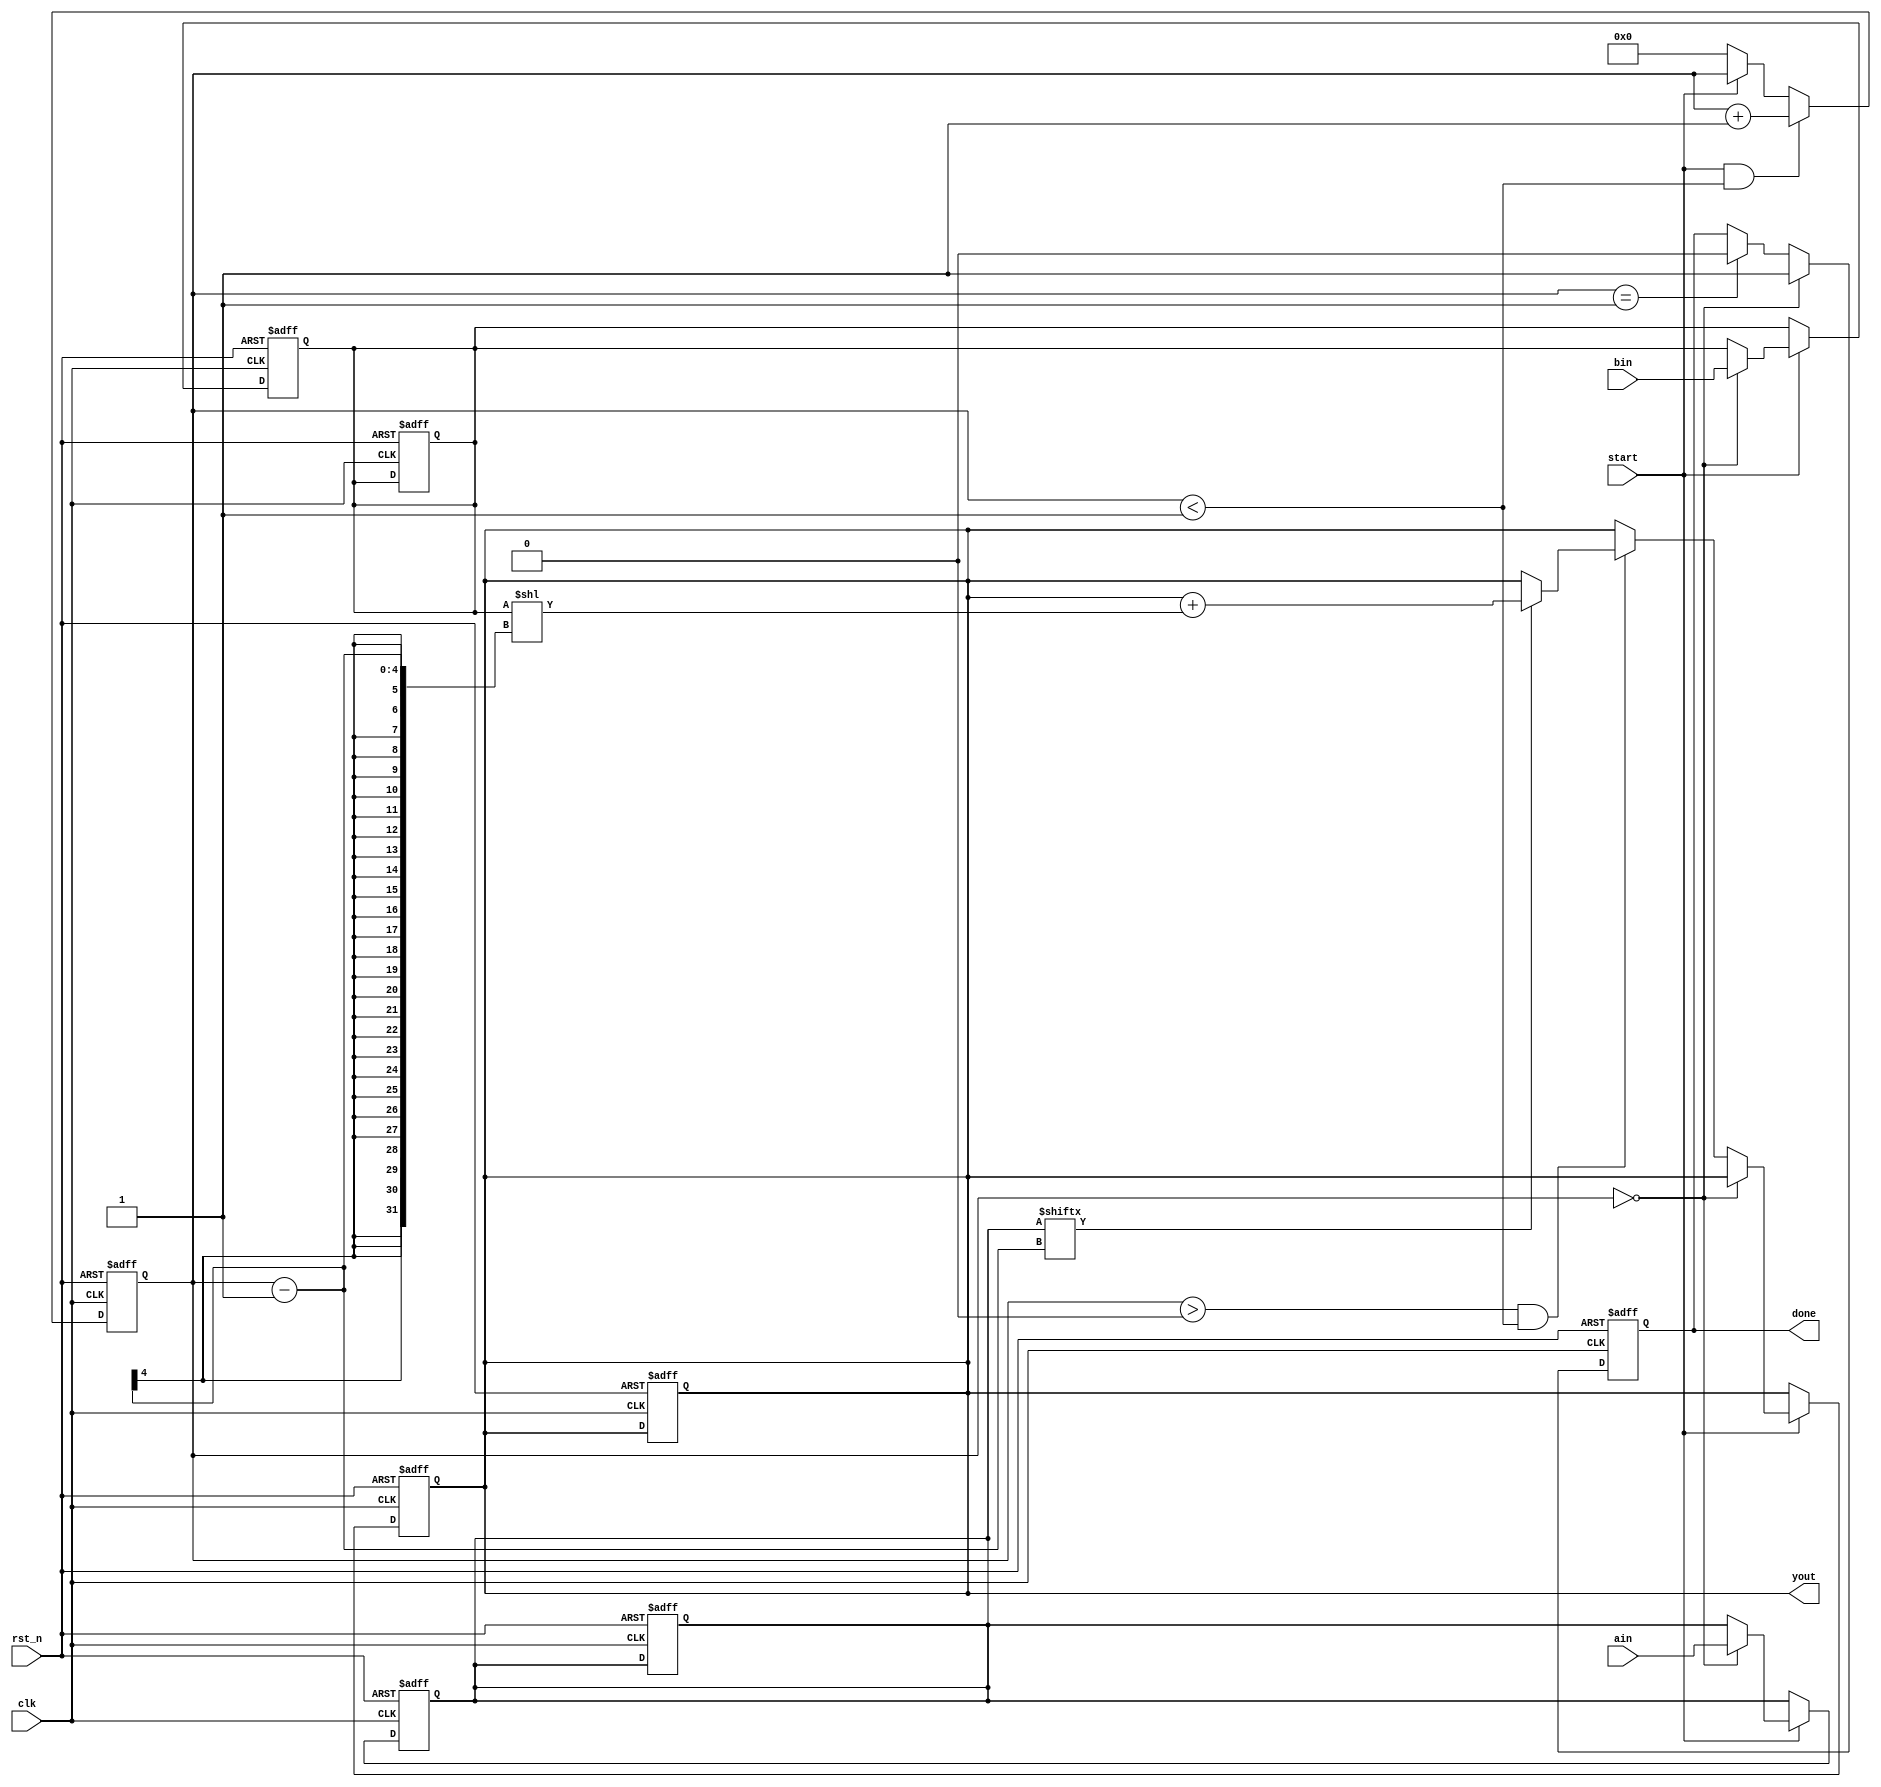
module multi_16bit (
  input clk,
  input rst_n,
  input start,
  input [15:0] ain,
  input [15:0] bin,
  output [31:0] yout,
  output reg done
);

  reg [3:0] i;
  reg [15:0] areg;
  reg [15:0] breg;
  reg [31:0] yout_r;

  always @(posedge clk or negedge rst_n) begin
    if (~rst_n) begin
      i <= 4'b0000;
      areg <= 16'b0;
      breg <= 16'b0;
      yout_r <= 32'b0;
      done <= 0;
    end
    else begin
      if (start && (i < 4'b10001))
        i <= i + 1;
      else if (!start)
        i <= 4'b0000;

      if (i == 4'b10000)
        done <= 1;
      else if (i == 4'b10001)
        done <= 0;
    end
  end

  always @(posedge clk or negedge rst_n) begin
    if (~rst_n) begin
      areg <= 16'b0;
      breg <= 16'b0;
      yout_r <= 32'b0;
    end
    else begin
      if (start) begin
        if (i == 4'b0000) begin
          areg <= ain;
          breg <= bin;
        end
        else if ((i > 4'b0000) && (i < 4'b10001)) begin
          if (areg[i-1])
            yout_r <= yout_r + (breg << (i-1));
        end
      end
    end
  end

  assign yout = yout_r;

endmodule